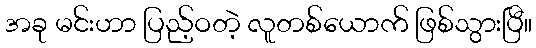
အခု မင်းဟာ ပြည့်ဝတဲ့ လူတစ်ယောက် ဖြစ်သွားပြီ။